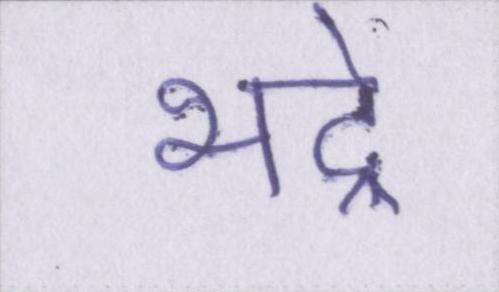
भद्रे